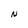
Character: N